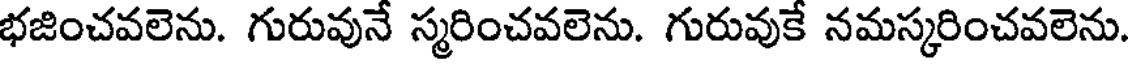
భజించవలెను. గురువునే స్మరించవలెను. గురువుకే నమస్కరించవలెను.